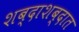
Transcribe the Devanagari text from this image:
शब्दाशब्दात